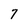
Character: 7